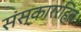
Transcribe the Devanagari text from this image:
संस्काररहित